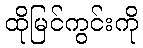
ထိုမြင်ကွင်းကို